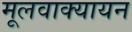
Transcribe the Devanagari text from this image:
मूलवाक्यायन